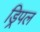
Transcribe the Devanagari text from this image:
ड्रिपल